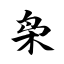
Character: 枭